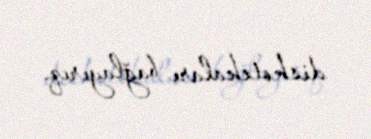
diskotekaları bağlayırıq.